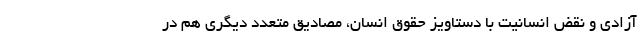
آزادی و نقض انسانیت با دستاویز حقوق انسان، مصادیق متعدد دیگری هم در